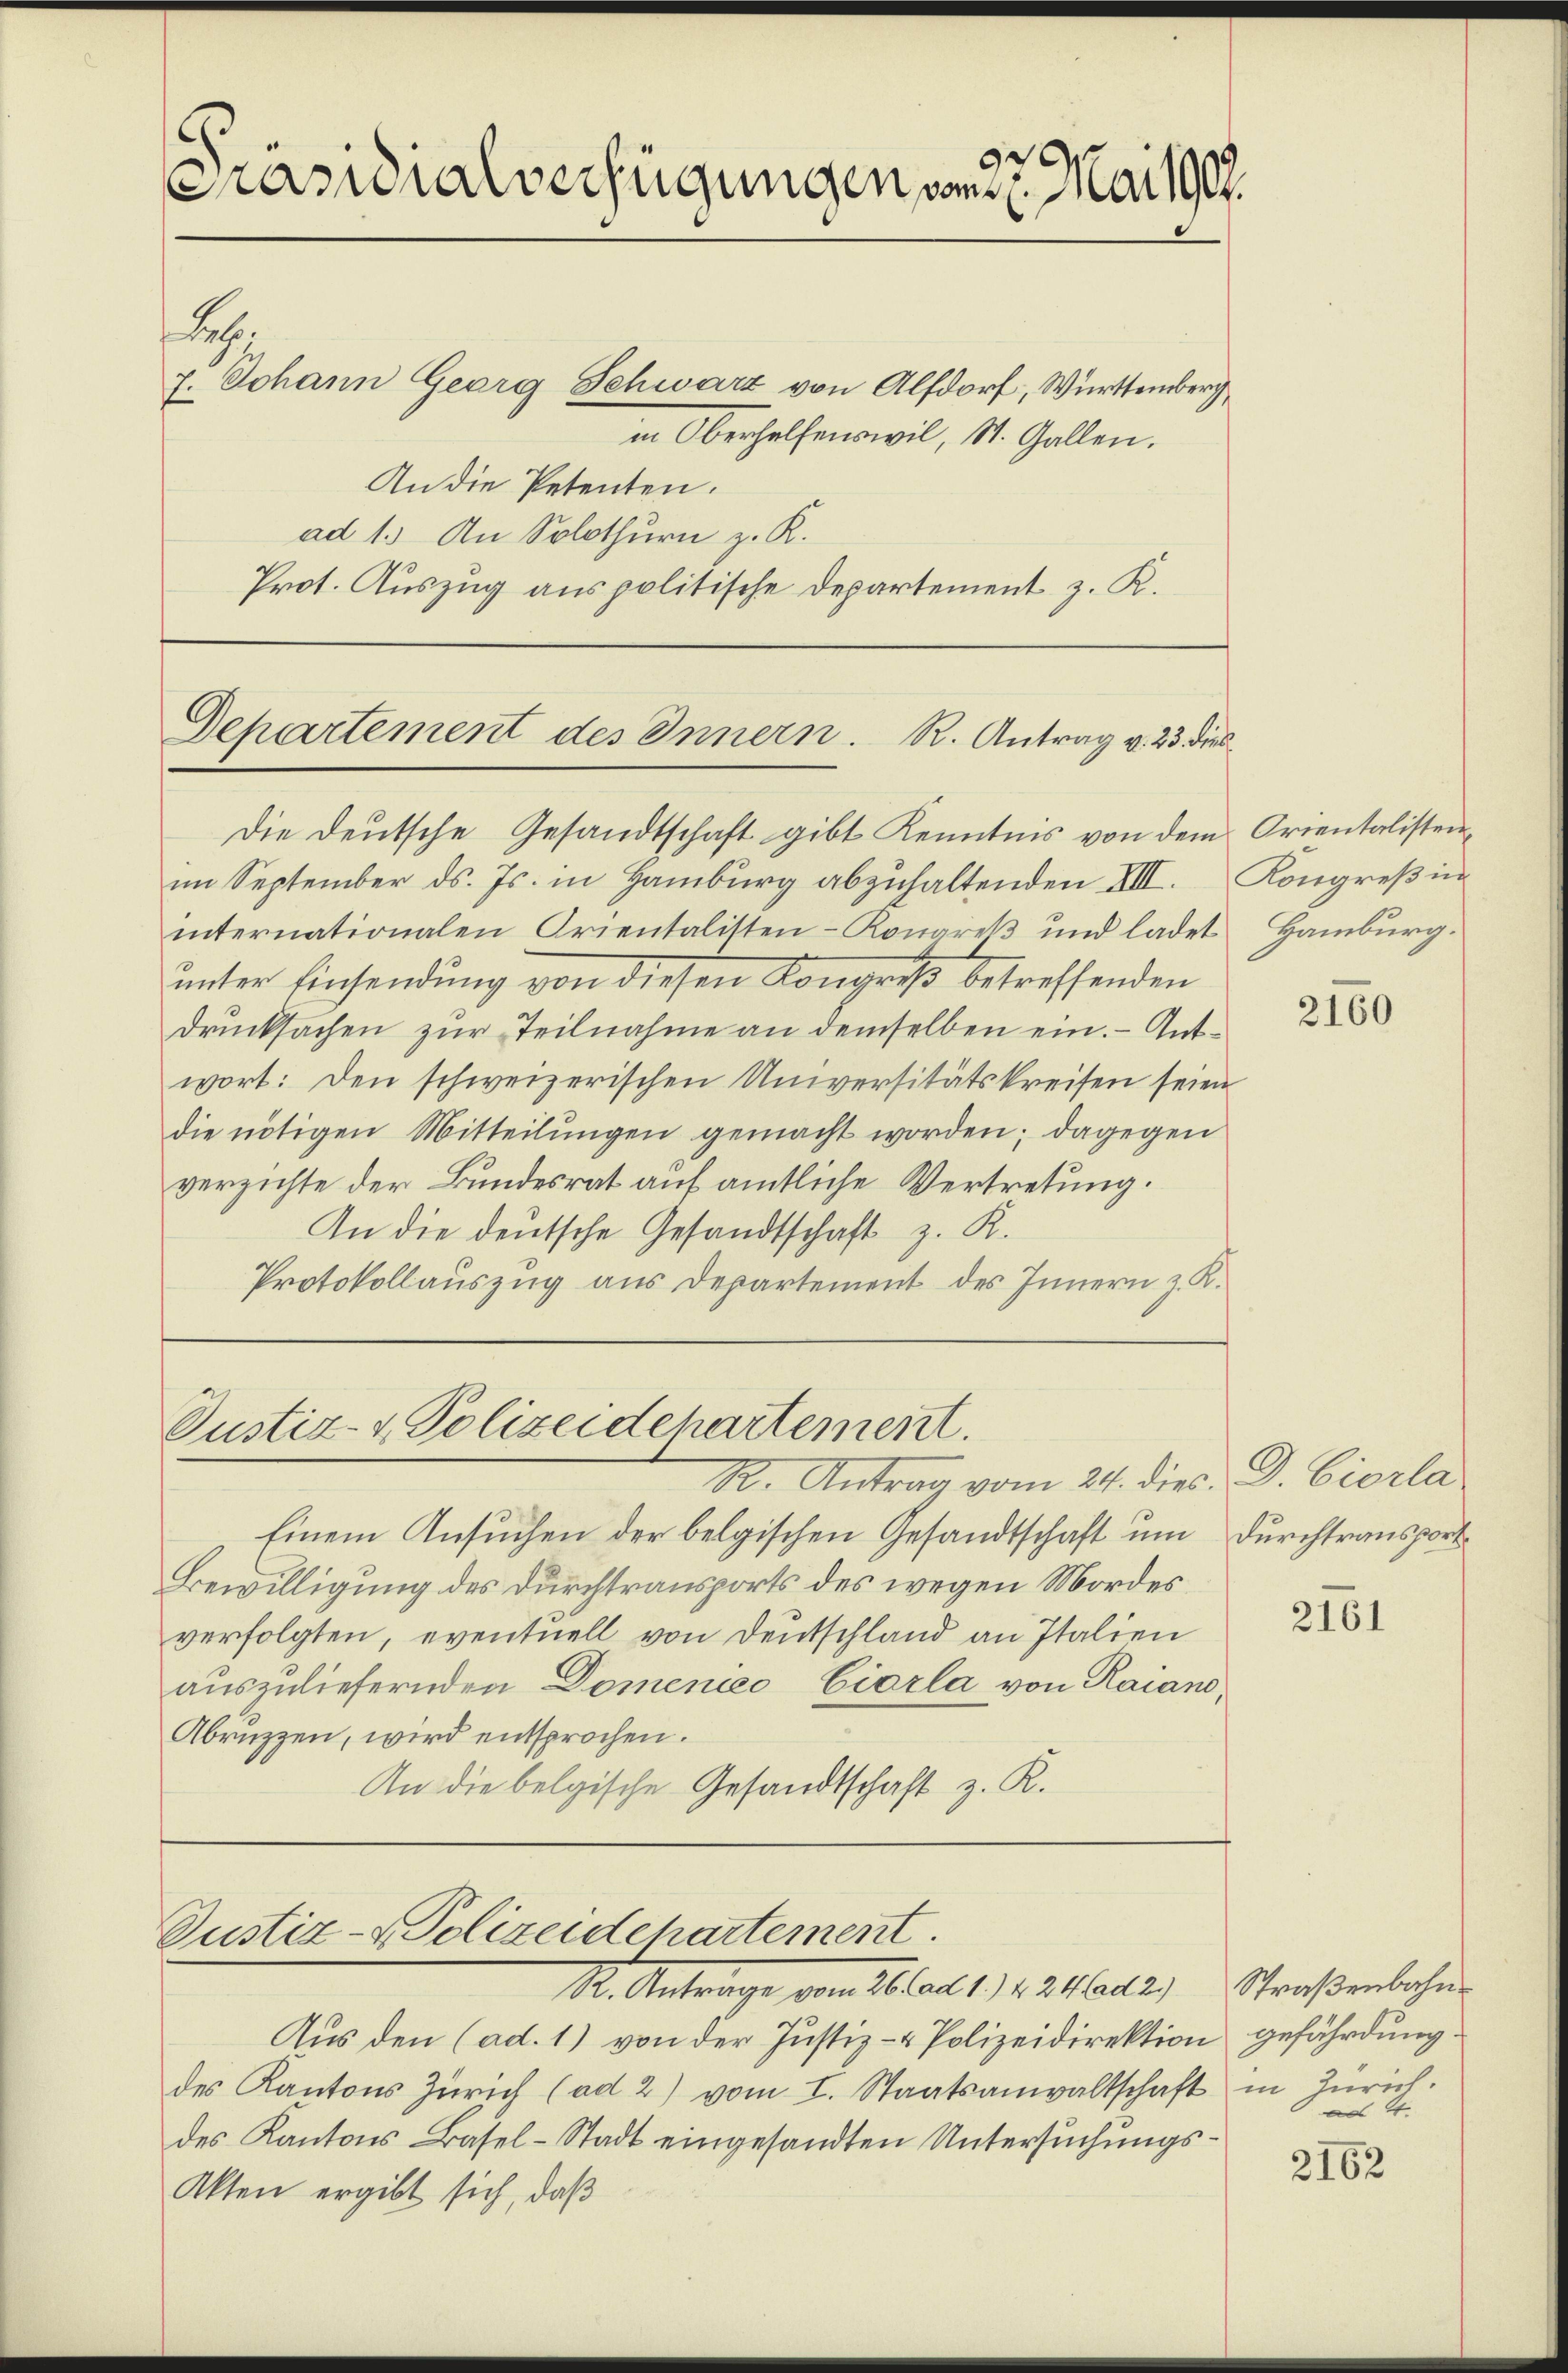
Präsidialverfügungen vom 27. Mai 1907.

de.
7. Johann Georg Schwarz von Altdorf, Württemberg
in Oberhelfenswil, St. Gallen.
An die Petenten.
ad 1. An Solothurn z. R.
Prot. Auszug aus politische Departement z. K.

Departement des Innern. R. Antrag v. 23 dies

Die Deutsche Gesandtschaft gibt Kenntnis von dem Orientalistenim September ds. Js. in Hamburg abzuhaltenden XIII.
internationalen Orientalisten-Kongreß und ladet Hamburg.
ŭnter Einsendŭng von diesen Kongreß betreffenden
drŭcksachen zŭr Teilnahme an demselben ein. - Antwort: den schweizerischen Universitätskreisen seien
die nötigen Mitteilungen gemacht worden; dagegen
verzichte der Bundesrat auf amtliche Vertretung.
An die deutsche Gesandtschaft z. R.
Protokollauszug aus Departement des Innern z. K.

Justiz- & Polizeidchartement.

Justiz- & Polizeidchartement
St. Antrage vom 26 lau 1 42 aus

Kongreß in

R. Antrag vom 24. dies D. Ciorla
Einem Ansuchen der belgischen Gesandtschaft um Durchtransport
Bewilligung des Durchtransports des wegen Mordes
verfolgten, eventuell von Deutschland an Italien
auszuliefernden Domenico Ciarla von Raiano
Abruzzen, wird entsprochen.
An die belgische Gesandtschaft z. R.

Aus den (ad. 1) von der Justiz- & Polizeidirektion gefährdung.
des Kantons Zürich (ad 2) vom I. Staatsanwaltschaft in Zürich.
des Kantons Basel-Stadt eingesandten Untersuchungs¬
Akten ergibt sich, daß

2160

2161

Straßenbahn
4.

2162